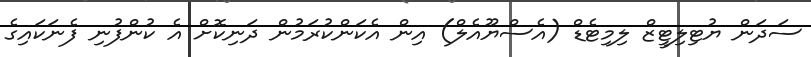
ސަދަން ޔުޓިލިޓީޒް ލިމިޓެޑް (އެސްޔޫއެލް) އިން އެކަންކުރަމުން ދަނިކޮށް އެ ކުންފުނި ފެނަކައިގެ